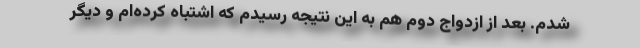
شدم. بعد از ازدواج دوم هم به این نتیجه رسیدم که اشتباه کرده‌ام و دیگر